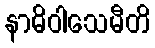
နာဓိဝါသေမီတိ